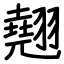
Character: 翹